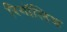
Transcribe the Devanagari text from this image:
रिगॉलिथ